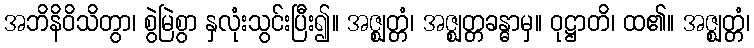
အဘိနိဝိသိတွာ၊ စွဲမြဲစွာ နှလုံးသွင်းပြီး၍။ အဇ္ဈတ္တံ၊ အဇ္ဈတ္တခန္ဓာမှ။ ဝုဋ္ဌာတိ၊ ထ၏။ အဇ္ဈတ္တံ၊